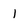
Character: l